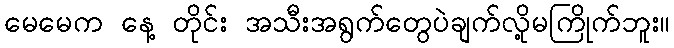
မေမေက နေ့ တိုင်း အသီးအရွက်တွေပဲချက်လို့မကြိုက်ဘူး။